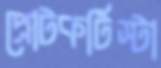
প্রোটকটিস্টা